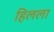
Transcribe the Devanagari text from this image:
हिलला